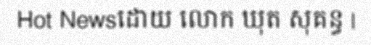
Hot Newsដោយ លោក ឃុត សុគន្ធ |